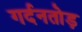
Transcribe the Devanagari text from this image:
गर्दनतोड़